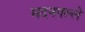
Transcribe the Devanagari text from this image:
मदनपल्ले